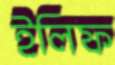
ইলিফ